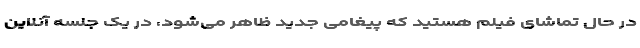
در حال تماشای فیلم هستید که پیغامی جدید ظاهر می‌شود، در یک جلسه آنلاین